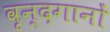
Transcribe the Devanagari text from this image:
वृन्दगानों